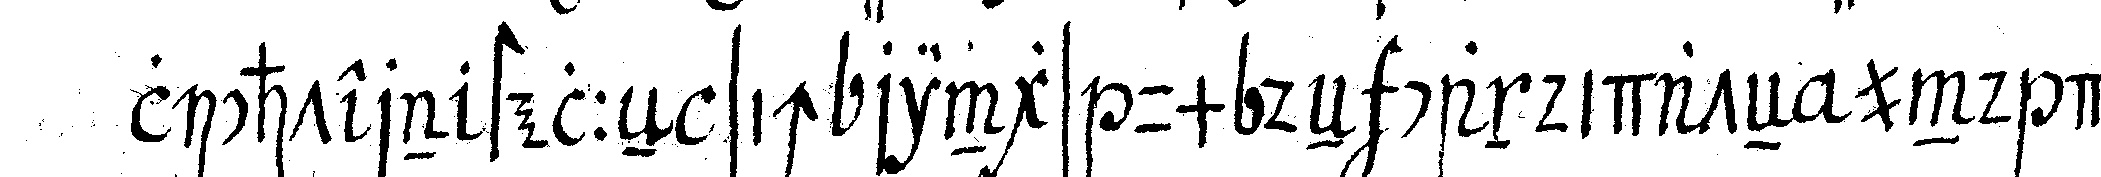
lichtern stelleN sich rings um deN candidateN und der